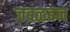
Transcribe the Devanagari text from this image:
जवळबन